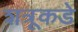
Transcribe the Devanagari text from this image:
शत्रूकडे